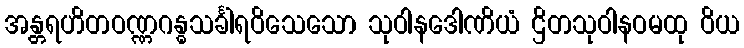
အန္တရဟိတဝဏ္ဏဂန္ဓသင်္ခါရဝိသေသော သုဝါနဒေါဏိယံ ဌိတသုဝါနဝမထု ဝိယ